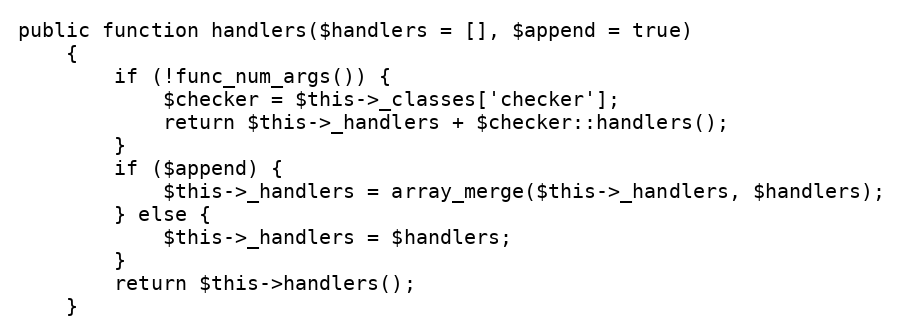
Language: PHP
public function handlers($handlers = [], $append = true)
    {
        if (!func_num_args()) {
            $checker = $this->_classes['checker'];
            return $this->_handlers + $checker::handlers();
        }
        if ($append) {
            $this->_handlers = array_merge($this->_handlers, $handlers);
        } else {
            $this->_handlers = $handlers;
        }
        return $this->handlers();
    }